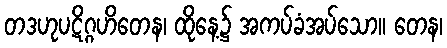
တဒဟုပဋိဂ္ဂဟိတေန၊ ထိုနေ့၌ အကပ်ခံအပ်သော။ တေန၊